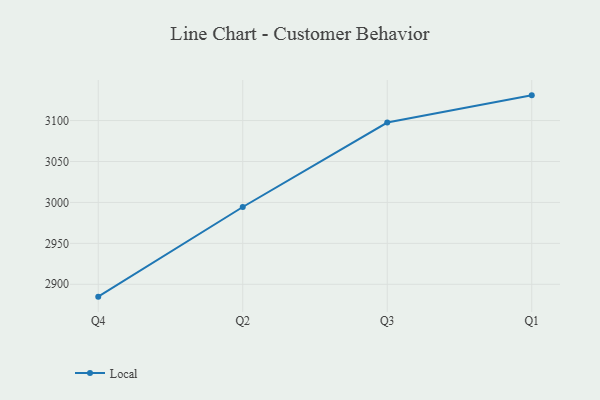
{"axis": {"x": "Quarter", "y": "Customer Acquisition Cost (USD)"}, "legend": ["Local"], "data": [{"x": "Q4", "y": 2884.9, "type": "Local"}, {"x": "Q2", "y": 2994.4, "type": "Local"}, {"x": "Q3", "y": 3097.6, "type": "Local"}, {"x": "Q1", "y": 3130.8, "type": "Local"}]}